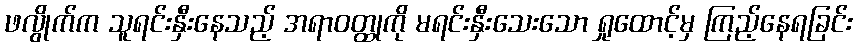
ဖလွိုက်က သူရင်းနှီးနေသည့် အရာဝတ္ထုကို မရင်းနှီးသေးသော ရှုထောင့်မှ ကြည့်နေရခြင်း